Civil Veterinary Department. Central Provinces & Berar 1932-41 - 1932-1941
Year: 1932
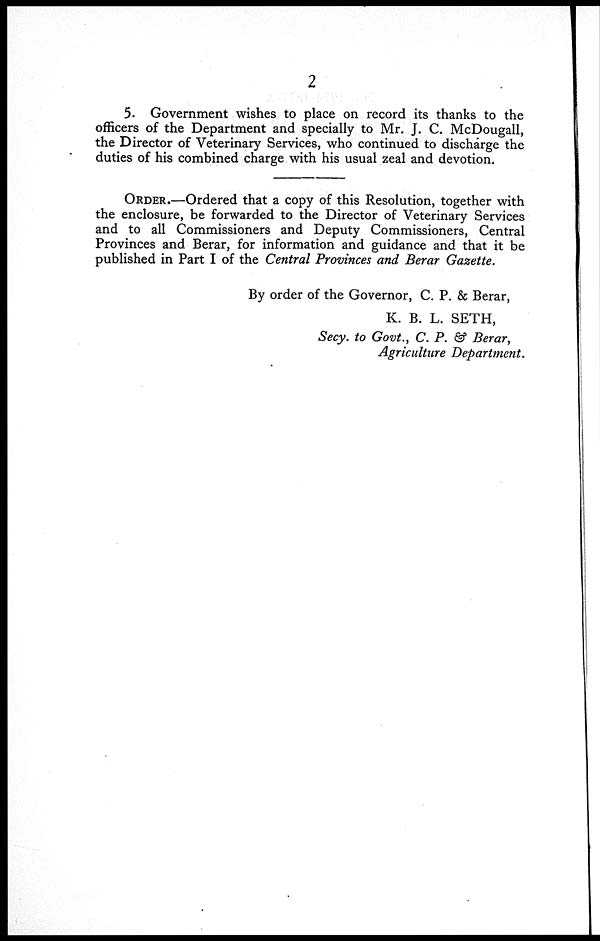
2
5. Government wishes to place on record its thanks to the
officers of the Department and specially to Mr. J. C. McDougall,
the Director of Veterinary Services, who continued to discharge the
duties of his combined charge with his usual zeal and devotion.
ORDER.—Ordered that a copy of this Resolution, together with
the enclosure, be forwarded to the Director of Veterinary Services
and to all Commissioners and Deputy Commissioners, Central
Provinces and Berar, for information and guidance and that it be
published in Part I of the Central Provinces and Berar Gazette.
By order of the Governor, C. P. & Berar,
K. B. L. SETH,
Secy. to Govt., C. P. & Berar,
Agriculture Department.